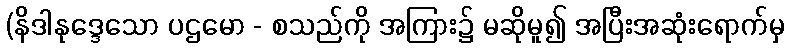
(နိဒါနုဒ္ဒေသော ပဌမော - စသည်ကို အကြား၌ မဆိုမူ၍ အပြီးအဆုံးရောက်မှ